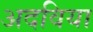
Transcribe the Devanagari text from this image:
अदविया